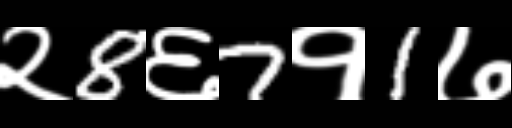
Text: २8६7१1७